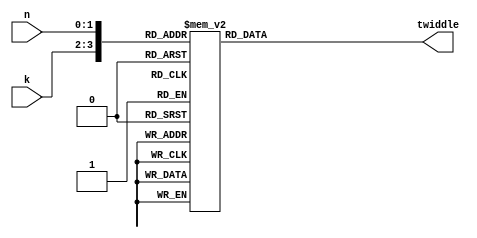
module FFT4_LUT_Re(k, n, twiddle);
	input [1:0] k;
	input [1:0] n;
	
	wire [3:0] address;
	assign address = {k, n};
	
	output reg [16:0] twiddle;
	
	always @ (address)
	begin
		$display("LUT address=%d, k=%d, n=%d", address, k, n);
		case(address)
			4'd0: twiddle = 16'd65535; // k = 0, n = 0
			4'd1: twiddle = 16'd65535; // k = 0, n = 1
			4'd2: twiddle = 16'd65535; // k = 0, n = 2
			4'd3: twiddle = 16'd65535; // k = 0, n = 3
			4'd4: twiddle = 16'd65535; // k = 1, n = 0
			4'd5: twiddle = 16'd0; // k = 1, n = 1
			4'd6: twiddle = -16'd65535; // k = 1, n = 2
			4'd7: twiddle = 16'd0; // k = 1, n = 3
			4'd8: twiddle = 16'd65535; // k = 2, n = 0
			4'd9: twiddle = -16'd65535; // k = 2, n = 1
			4'd10: twiddle = 16'd65535; // k = 2, n = 2
			4'd11: twiddle = -16'd65535; // k = 2, n = 3
			4'd12: twiddle = 16'd65535; // k = 3, n = 0
			4'd13: twiddle = 16'd0; // k = 3, n = 1
			4'd14: twiddle = -16'd65535; // k = 3, n = 2
			4'd15: twiddle = 16'd0; // k = 3, n = 3
		endcase
	end

endmodule

module FFT4_LUT_Im(k, n, twiddle);
	input [1:0] k;
	input [1:0] n;
	
	wire [3:0] address;
	assign address = {k, n};
	
	output reg [16:0] twiddle;	
	
	always @ (address)
	begin
		case(address)
			4'd0: twiddle = 16'd0; // k = 0, n = 0
			4'd1: twiddle = 16'd0; // k = 0, n = 1
			4'd2: twiddle = 16'd0; // k = 0, n = 2
			4'd3: twiddle = 16'd0; // k = 0, n = 3
			4'd4: twiddle = 16'd0; // k = 1, n = 0
			4'd5: twiddle = 16'd65535; // k = 1, n = 1
			4'd6: twiddle = 16'd0; // k = 1, n = 2
			4'd7: twiddle = -16'd65535; // k = 1, n = 3
			4'd8: twiddle = 16'd0; // k = 2, n = 0
			4'd9: twiddle = 16'd0; // k = 2, n = 1
			4'd10: twiddle = 16'd0; // k = 2, n = 2
			4'd11: twiddle = 16'd0; // k = 2, n = 3
			4'd12: twiddle = 16'd0; // k = 3, n = 0
			4'd13: twiddle = -16'd65535; // k = 3, n = 1
			4'd14: twiddle = 16'd0; // k = 3, n = 2
			4'd15: twiddle = 16'd65535; // k = 3, n = 3
		endcase
	end

endmodule